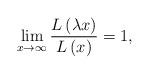
LaTeX: \begin{align*}\lim_{x\rightarrow\infty}\frac{L\left(\lambda x\right)}{L\left(x\right)}=1,\end{align*}